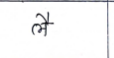
मजकूर: लै